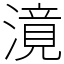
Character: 𣽾